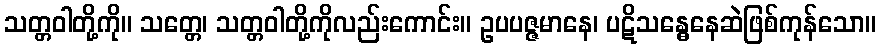
သတ္တဝါတို့ကို။ သတ္တေ၊ သတ္တဝါတို့ကိုလည်းကောင်း။ ဥပပဇ္ဇမာနေ၊ ပဋိသန္ဓေနေဆဲဖြစ်ကုန်သော။